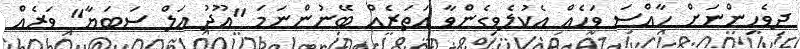
ދިވެހިންނަށް ހާއްސަ ވަހެއް އެކުލެވިގެންވާ އަތަރެއް ބޭނުންނަމަ "އޫދު އަލް ސަބަޔާ" ވަރެއް